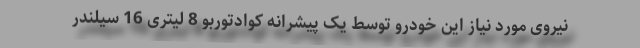
نیروی مورد نیاز این خودرو توسط یک پیشرانه کوادتوربو 8 لیتری 16 سیلندر